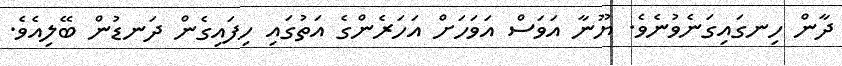
ދާން ހިނގައިގަނެވުނެވެ. ޔޫނާ އަވަސް އަވަހަށް އަހަރެންގެ އަތުގައި ހިފައިގެން ދަނޑުން ބޭލިއެވެ.